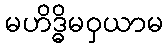
မဟိဒ္ဓိမဝှယာမ